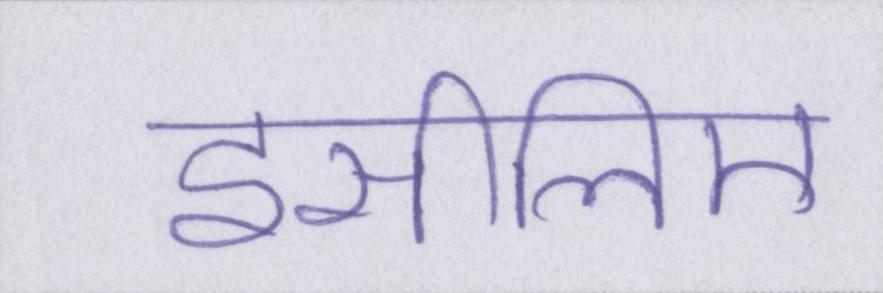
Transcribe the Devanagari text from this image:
इसीलिए